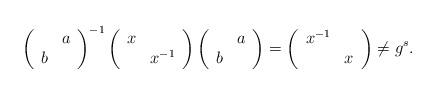
LaTeX: \begin{align*}\left(\begin{array}{cc} & a\\b\end{array}\right)^{-1}\left(\begin{array}{cc}x\\ & x^{-1}\end{array}\right)\left(\begin{array}{cc} & a\\b\end{array}\right)=\left(\begin{array}{cc}x^{-1}\\ & x\end{array}\right)\neq g^{s}.\end{align*}